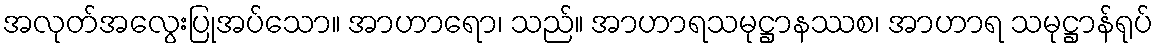
အလုတ်အလွေးပြုအပ်သော။ အာဟာရော၊ သည်။ အာဟာရသမုဋ္ဌာနဿစ၊ အာဟာရ သမုဋ္ဌာန်ရုပ်